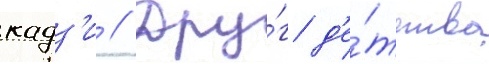
кадз'и // Дру́г д'е́тства